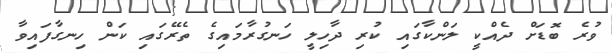
ވުރެ ބޮޑަށް ދެއްކީ ލަންކާގައި ކުރި ދާހިލީ ހަނގުރާމައިގެ ތެރޭގައި ކަން ހިނގާފައިވާ